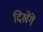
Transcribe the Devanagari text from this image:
दिखेंगें